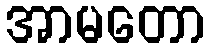
အာမတော